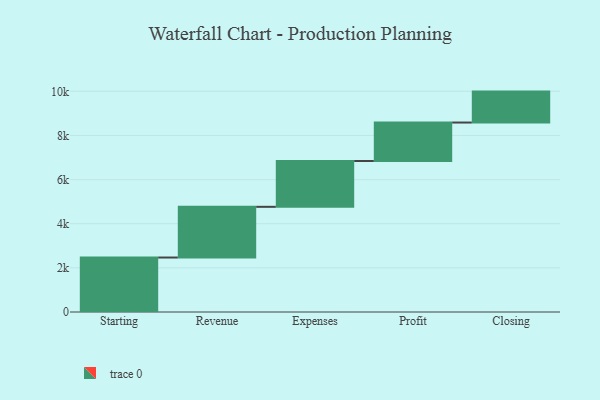
{"axis": {"x": "Step", "y": "Value"}, "legend": [""], "data": [{"x": "Starting", "y": 2468.0, "type": ""}, {"x": "Revenue", "y": 2298.0, "type": ""}, {"x": "Expenses", "y": 2077.0, "type": ""}, {"x": "Profit", "y": 1742.0, "type": ""}, {"x": "Closing", "y": 1402.0, "type": ""}]}